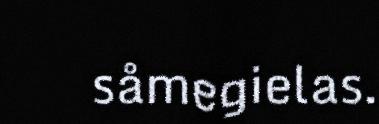
såmegielas.